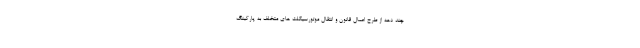
چند دهه از طرح اعمال قانون و انتقال موتورسیکلت های متخلف به پارکینگ